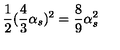
\frac { 1 } { 2 } ( \frac { 4 } { 3 } \alpha _ { s } ) ^ { 2 } = \frac { 8 } { 9 } \alpha _ { s } ^ { 2 }